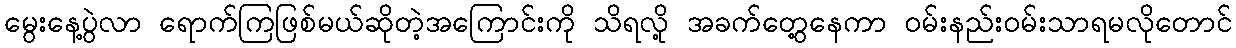
မွေးနေ့ပွဲလာ ရောက်ကြဖြစ်မယ်ဆိုတဲ့အကြောင်းကို သိရလို့ အခက်တွေ့နေကာ ဝမ်းနည်းဝမ်းသာရမလိုတောင်